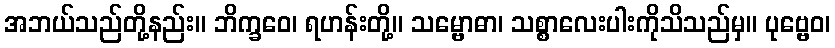
အဘယ်သည်တို့နည်း။ ဘိက္ခဝေ၊ ရဟန်းတို့။ သမ္ဗောဓာ၊ သစ္စာလေးပါးကိုသိသည်မှ။ ပုဗ္ဗေဝ၊